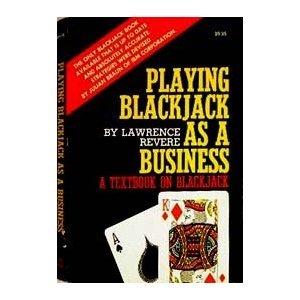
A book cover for Playing Blackjack As A Business; LAWRENCE REVERE; Humor & Entertainment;